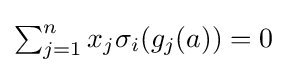
{\textstyle \sum _{j=1}^{n}x_{j}\sigma _{i}(g_{j}(a))=0}